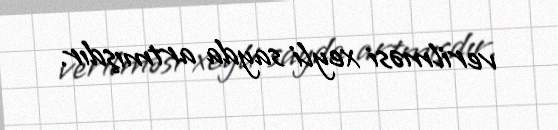
verilməsi xeyli sayda artmışdır.